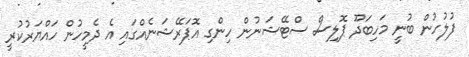
ފުލުހުން ބުނީ މަހިބަދޫ ޕޮލިސް ސްޓޭޝަނުން ހިންގި އޮޕަރޭޝަނެއްގައި އެ ދެމީހުން ހައްޔަރުކުރީ